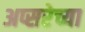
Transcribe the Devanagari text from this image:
अप्सरेच्या